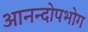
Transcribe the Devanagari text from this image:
आनन्दोपभोग